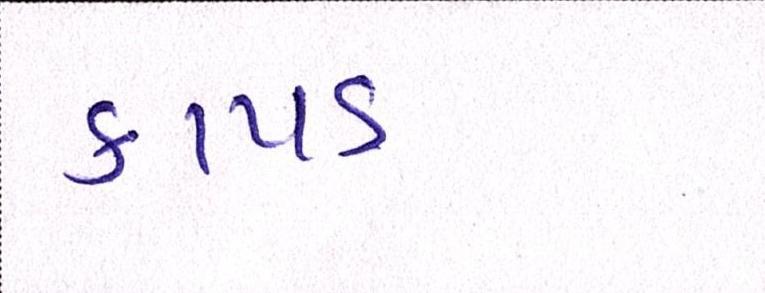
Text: કાપડ